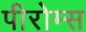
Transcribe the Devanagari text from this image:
पीरोम्स